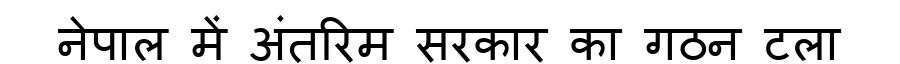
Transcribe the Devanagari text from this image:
नेपाल में अंतरिम सरकार का गठन टला